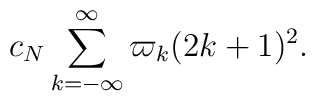
c_N\sum_{k=-\infty}^\infty\varpi_k(2k+1)^2.